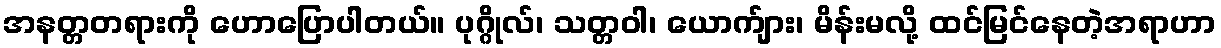
အနတ္တတရားကို ဟောပြောပါတယ်။ ပုဂ္ဂိုလ်၊ သတ္တဝါ၊ ယောက်ျား၊ မိန်းမလို့ ထင်မြင်နေတဲ့အရာဟာ